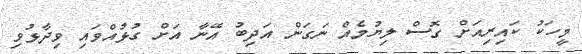
މީހަކު ކައިރިއަށް ގޮސް ލިޔުމެއް ނަގަން އަދިބު އޭނާ އަށް ގުޅުއްވައި ވިދާޅުވި